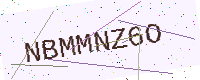
Text: NBMMNZ6O